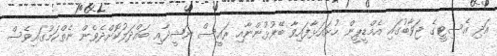
އަދި އެސިޓީގެ ޖަވާބުގައި އެމްޑީޕީން ހުށައަޅާފައިވާ ބޭފުޅުންނާއި ރައީސް ނަޝީދާއި ބައްދަލުކޮށްދެވެން ނެތްކަމުގައިވެސް